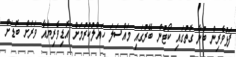
ފަޅުވެރިން ބުނާ ގޮތުގައި ކޯޓުން ބޭރުގައި މައްސަލަ ހައްލުކުރުމަށް އޮޑިވެރިޔާއާ ވަރަށް ބޮޑަށް